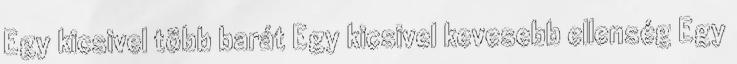
Egy kicsivel több barát Egy kicsivel kevesebb ellenség Egy